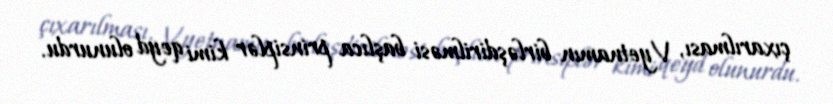
çıxarılması, Vyetnamın birləşdirilməsi başlıca prinsiplər kimi qeyd olunurdu.